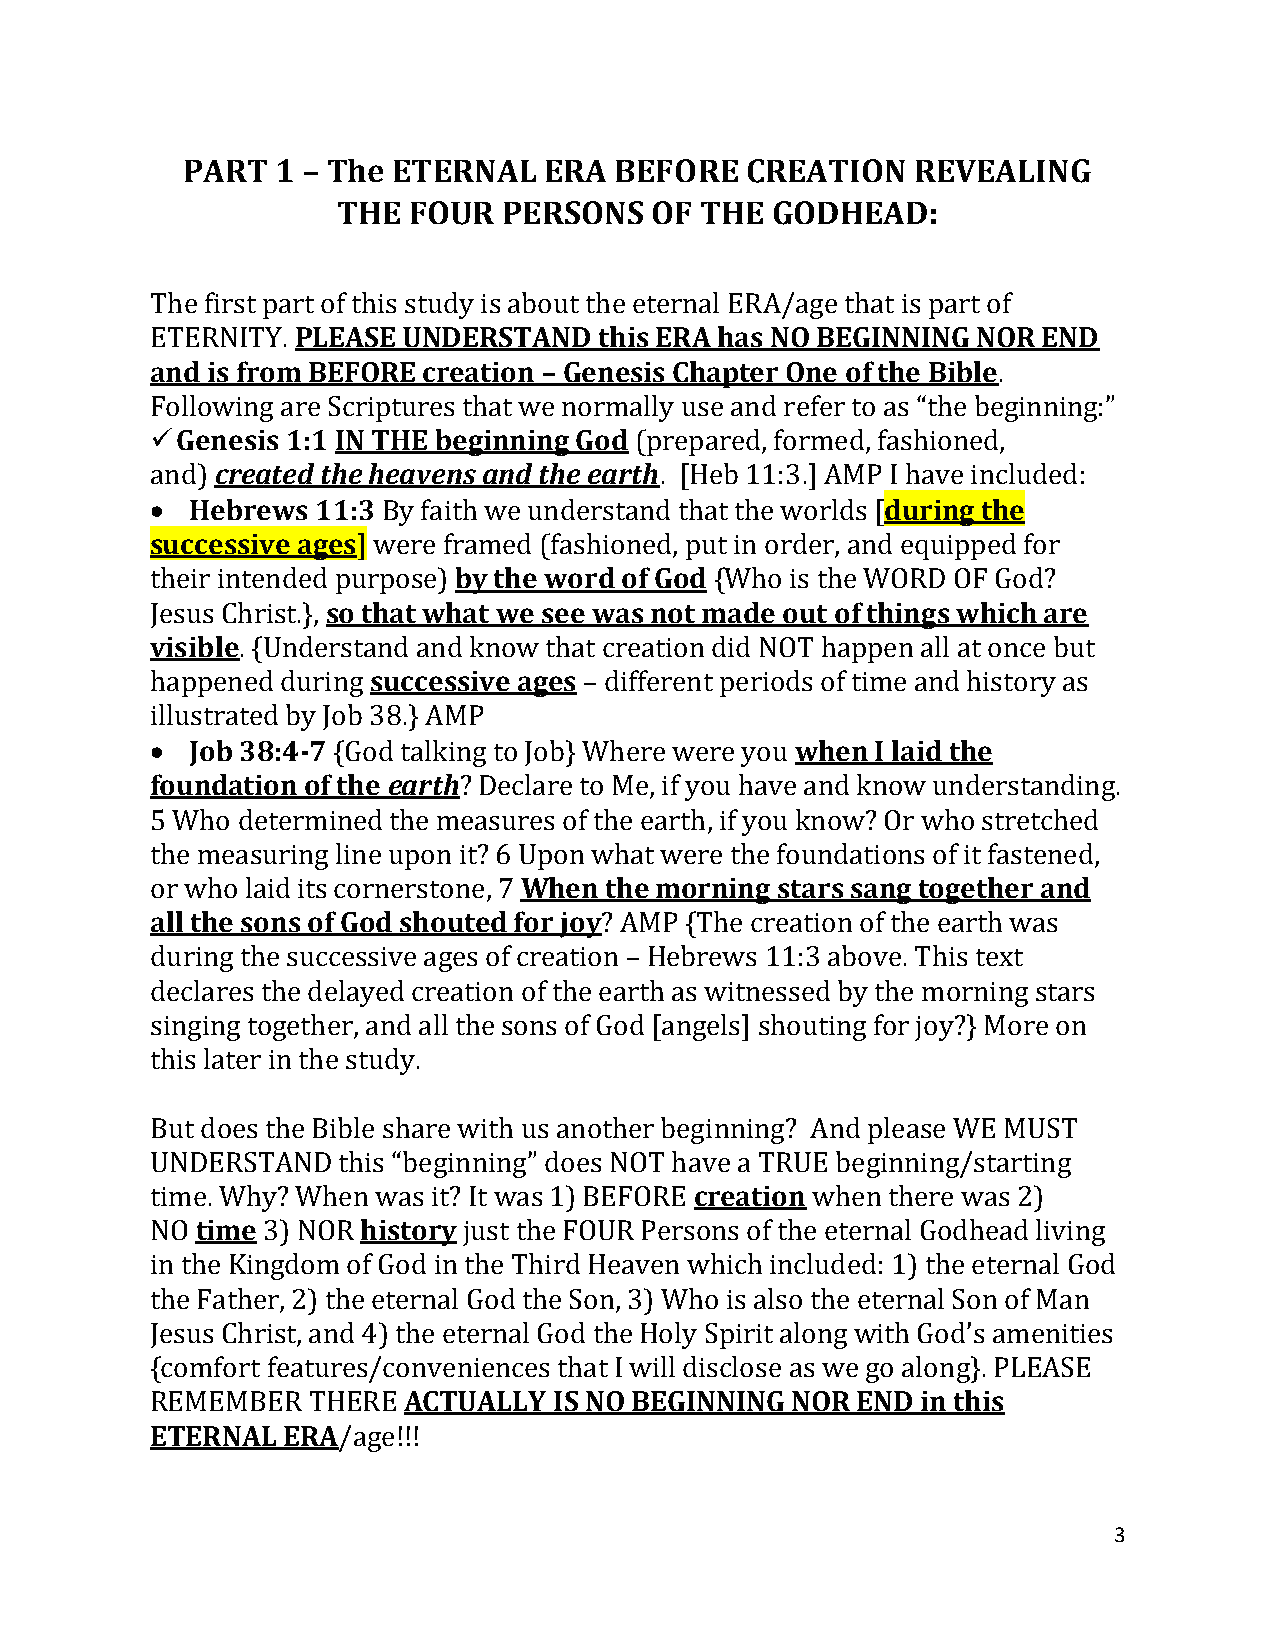
PART  1 – The ETERNAL   ERA  BEFORE  CREATION    REVEALING
 THE  FOUR  PERSONS   OF THE  GODHEAD:
 The first part of this study is about the eternal ERA/age that is part of
 ETERNITY. PLEASE UNDERSTAND   this ERA has NO BEGINNING NOR END
 and is from BEFORE creation – Genesis Chapter One of the Bible.
 Following are Scriptures that we normally use and refer to as “the beginning:”
 ✓Genesis 1:1 IN THE beginning God (prepared, formed, fashioned,
 and) created the heavens and the earth. [Heb 11:3.] AMP I have included:
 •  Hebrews 11:3 By faith we understand that the worlds [during the
 successive ages] were framed (fashioned, put in order, and equipped for
 their intended purpose) by the word of God {Who is the WORD OF God?
 Jesus Christ.}, so that what we see was not made out of things which are
 visible. {Understand and know that creation did NOT happen all at once but
 happened during successive ages – different periods of time and history as
 illustrated by Job 38.} AMP
 •  Job 38:4-7 {God talking to Job} Where were you when I laid the
 foundation of the earth? Declare to Me, if you have and know understanding.
 5 Who determined the measures of the earth, if you know? Or who stretched
 the measuring line upon it? 6 Upon what were the foundations of it fastened,
 or who laid its cornerstone, 7 When the morning stars sang together and
 all the sons of God shouted for joy? AMP {The creation of the earth was
 during the successive ages of creation – Hebrews 11:3 above. This text
 declares the delayed creation of the earth as witnessed by the morning stars
 singing together, and all the sons of God [angels] shouting for joy?} More on
 this later in the study.
 But does the Bible share with us another beginning? And please WE MUST
 UNDERSTAND  this “beginning” does NOT have a TRUE beginning/starting
 time. Why? When was it? It was 1) BEFORE creation when there was 2)
 NO time 3) NOR history just the FOUR Persons of the eternal Godhead living
 in the Kingdom of God in the Third Heaven which included: 1) the eternal God
 the Father, 2) the eternal God the Son, 3) Who is also the eternal Son of Man
 Jesus Christ, and 4) the eternal God the Holy Spirit along with God’s amenities
 {comfort features/conveniences that I will disclose as we go along}. PLEASE
 REMEMBER  THERE  ACTUALLY  IS NO BEGINNING NOR END in this
 ETERNAL  ERA/age!!!
 3